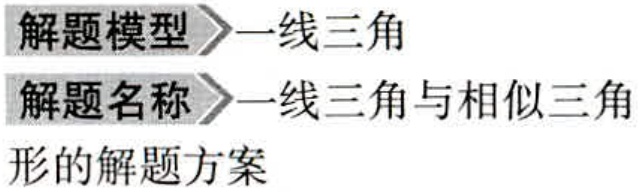
\begin{enumerate}
\item 解题模型 一线三角
\item 解题名称 一线三角与相似三角形的解题方案
\end{enumerate}